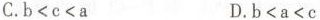
C.b<c<a D.b<a<c